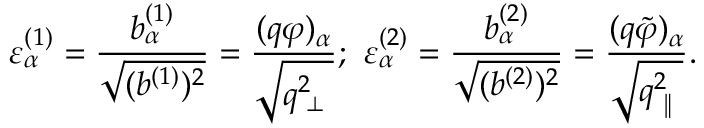
\varepsilon _ { \alpha } ^ { ( 1 ) } = \frac { b _ { \alpha } ^ { ( 1 ) } } { \sqrt { ( b ^ { ( 1 ) } ) ^ { 2 } } } = \frac { ( q \varphi ) _ { \alpha } } { \sqrt { q _ { \mathrm { \tiny ~ \bot ~ } } ^ { 2 } } } ; \, \, \varepsilon _ { \alpha } ^ { ( 2 ) } = \frac { b _ { \alpha } ^ { ( 2 ) } } { \sqrt { ( b ^ { ( 2 ) } ) ^ { 2 } } } = \frac { ( q \tilde { \varphi } ) _ { \alpha } } { \sqrt { q _ { \mathrm { \tiny ~ \| ~ } } ^ { 2 } } } .